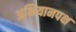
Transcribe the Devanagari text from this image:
अभियानपक्ष